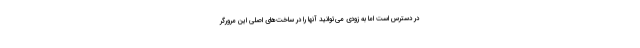
در دسترس است اما به زودی می‌توانید آنها را در ساخت‌های اصلی این مرورگر